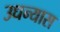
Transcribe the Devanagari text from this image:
उधन्यास